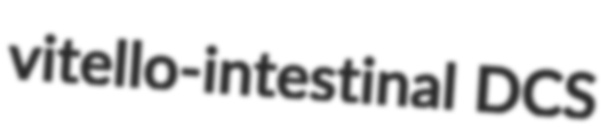
vitello-intestinal DCS